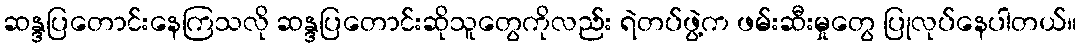
ဆန္ဒပြတောင်းနေကြသလို ဆန္ဒပြတောင်းဆိုသူတွေကိုလည်း ရဲတပ်ဖွဲ့က ဖမ်းဆီးမှုတွေ ပြုလုပ်နေပါတယ်။